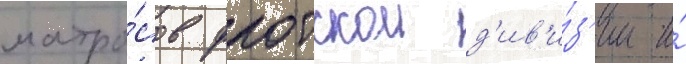
матро́сов флотскои д'ив'и́з'ии и́